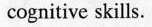
cognitive skills.